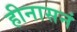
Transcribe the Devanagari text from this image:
हीनासनं